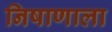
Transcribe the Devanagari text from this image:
निषाणाला